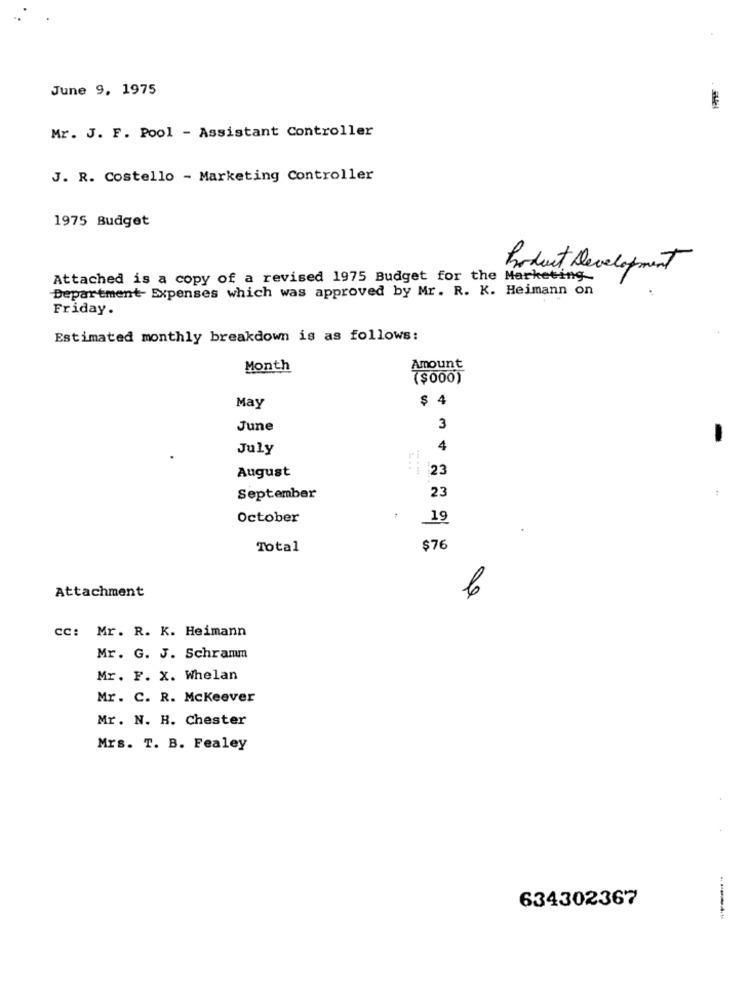
June 9, 1975
Mr. J. F. Pool - Assistant Controller
J. R. Costello - Marketing Controller
1975 Budget
Product Development
Attached is a copy of a revised 1975 Budget for the Marketing
Department- Expenses which was approved by Mr. R. K. Heimann on
Friday.
Estimated monthly breakdown is as follows:
Month
Amount
($000)
$ 4
May
June
3
July
4
23
August
September
23
October
19
Total
$76
Attachment
cc: Mr. R. K. Heimann
Mr. G. J. Schramm
Mr. F. X. Whelan
Mr. C. R. Mckeever
Mr. N. H. Chester
Mrs. T. B. Fealey
634302367
----